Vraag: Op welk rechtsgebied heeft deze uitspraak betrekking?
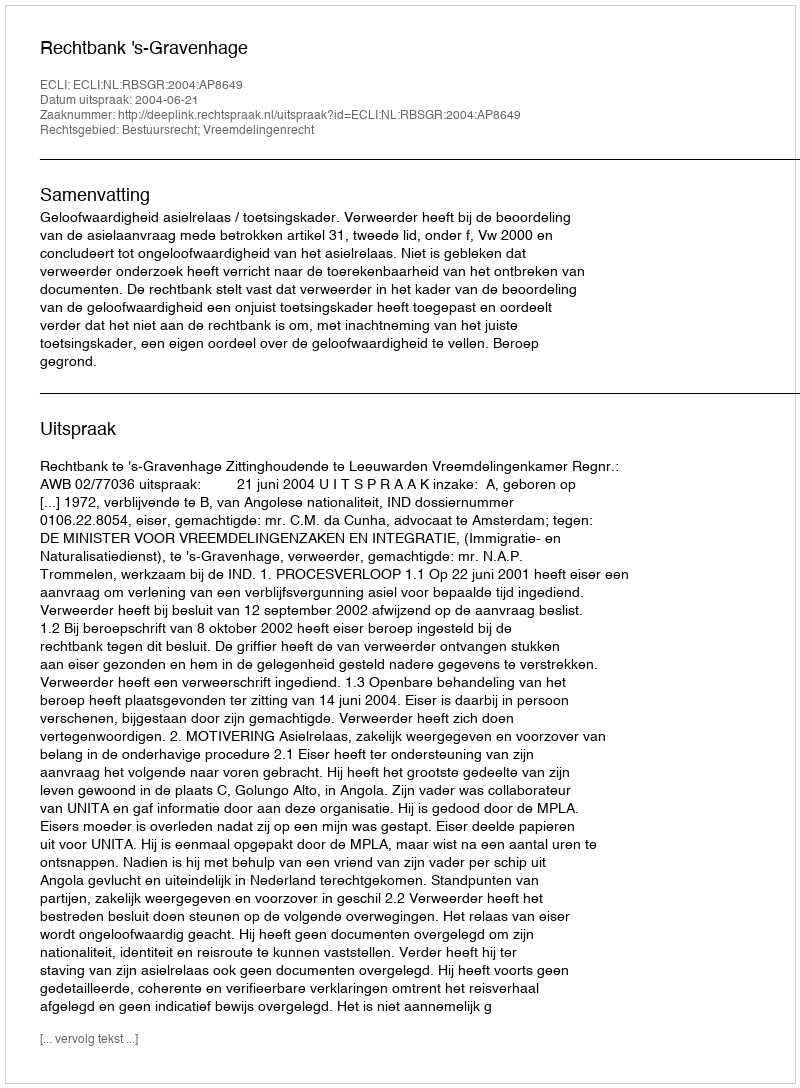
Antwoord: Bestuursrecht; Vreemdelingenrecht